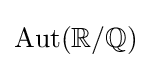
\operatorname {Aut} (\mathbb {R} /\mathbb {Q} )